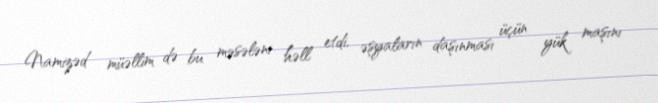
Namizəd müəllim də bu məsələni həll etdi, əşyaların daşınması üçün yük maşını